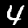
Label: 4